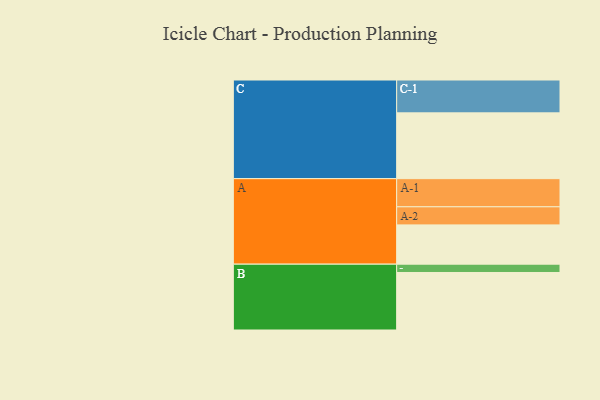
{"axis": {"x": "Segment", "y": "Value"}, "legend": ["", "A", "B", "C"], "data": [{"x": "A", "y": 317, "type": ""}, {"x": "B", "y": 464, "type": ""}, {"x": "C", "y": 531, "type": ""}, {"x": "A-1", "y": 227, "type": "A"}, {"x": "A-2", "y": 146, "type": "A"}, {"x": "B-1", "y": 67, "type": "B"}, {"x": "C-1", "y": 265, "type": "C"}]}